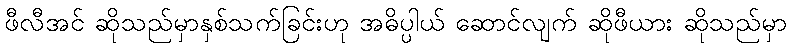
ဖီလီအင် ဆိုသည်မှာနှစ်သက်ခြင်းဟု အဓိပ္ပါယ် ဆောင်လျက် ဆိုဖီယား ဆိုသည်မှာ